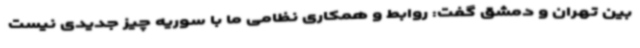
بین تهران و دمشق گفت: روابط و همکاری نظامی ما با سوریه چیز جدیدی نیست